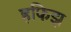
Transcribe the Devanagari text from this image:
हफिझ